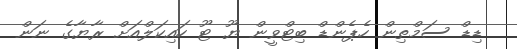
ޑިޑް ސަމްތިން ހެޕެންޑް ބިޓްވީން ޔޫ ޓޫ ހައިކަލްއަށް ރާޔާގެ ނަން